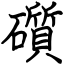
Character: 礩